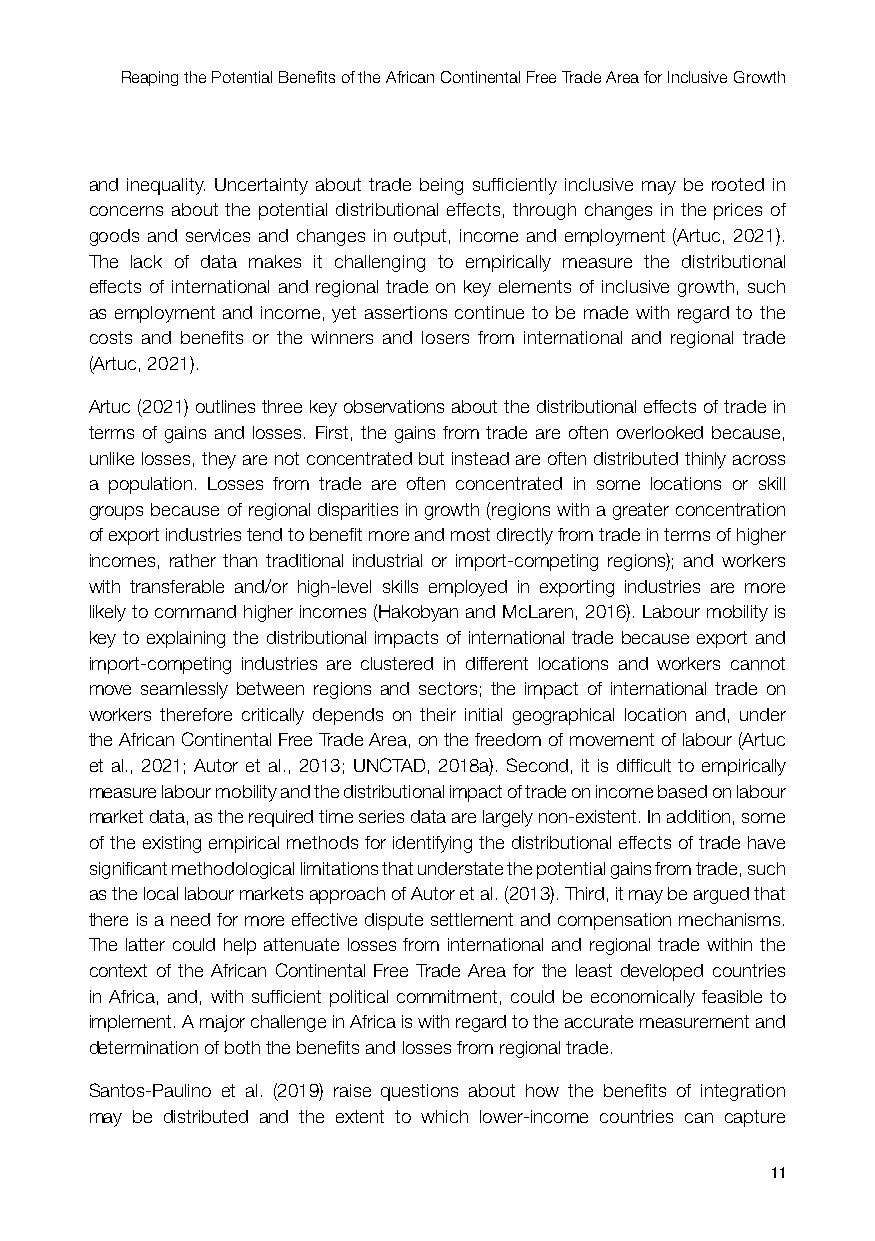
Reaping the Potential Benefits of the African Continental Free Trade Area for Inclusive Growth
 and inequality. Uncertainty about trade being sufficiently inclusive may be rooted in
 concerns about the potential distributional effects, through changes in the prices of
 goods and services and changes in output, income and employment (Artuc, 2021).
 The lack of data makes it challenging to empirically measure the distributional
 effects of international and regional trade on key elements of inclusive growth, such
 as employment and income, yet assertions continue to be made with regard to the
 costs and benefits or the winners and losers from international and regional trade
 (Artuc, 2021).
 Artuc (2021) outlines three key observations about the distributional effects of trade in
 terms of gains and losses. First, the gains from trade are often overlooked because,
 unlike losses, they are not concentrated but instead are often distributed thinly across
 a population. Losses from trade are often concentrated in some locations or skill
 groups because of regional disparities in growth (regions with a greater concentration
 of export industries tend to benefit more and most directly from trade in terms of higher
 incomes, rather than traditional industrial or import-competing regions); and workers
 with transferable and/or high-level skills employed in exporting industries are more
 likely to command higher incomes (Hakobyan and McLaren, 2016). Labour mobility is
 key to explaining the distributional impacts of international trade because export and
 import-competing industries are clustered in different locations and workers cannot
 move seamlessly between regions and sectors; the impact of international trade on
 workers therefore critically depends on their initial geographical location and, under
 the African Continental Free Trade Area, on the freedom of movement of labour (Artuc
 et al., 2021; Autor et al., 2013; UNCTAD, 2018a). Second, it is difficult to empirically
 measure labour mobility and the distributional impact of trade on income based on labour
 market data, as the required time series data are largely non-existent. In addition, some
 of the existing empirical methods for identifying the distributional effects of trade have
 significant methodological limitations that understate the potential gains from trade, such
 as the local labour markets approach of Autor et al. (2013). Third, it may be argued that
 there is a need for more effective dispute settlement and compensation mechanisms.
 The latter could help attenuate losses from international and regional trade within the
 context of the African Continental Free Trade Area for the least developed countries
 in Africa, and, with sufficient political commitment, could be economically feasible to
 implement. A major challenge in Africa is with regard to the accurate measurement and
 determination of both the benefits and losses from regional trade.
 Santos‐Paulino et al. (2019) raise questions about how the benefits of integration
 may be distributed and the extent to which lower‐income countries can capture
 11